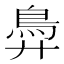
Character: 𬶽